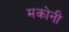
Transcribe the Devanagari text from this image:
मकोनी